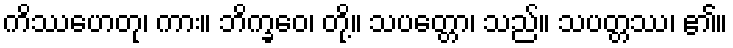
ကိဿဟေတု၊ ကား။ ဘိက္ခဝေ၊ တို့။ သပတ္တော၊ သည်။ သပတ္တဿ၊ ၏။